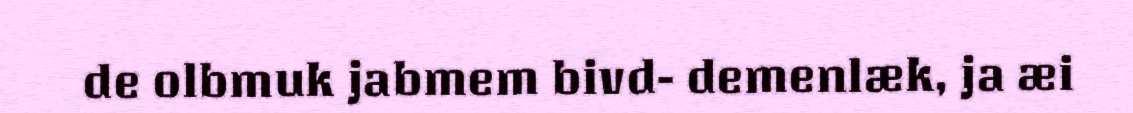
de olbmuk jabmem bivd- demenlæk, ja æi